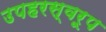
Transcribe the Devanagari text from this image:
उपहरस्वरूप